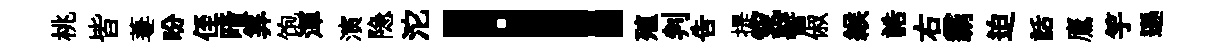
桃皆萋盼侄暗筭饱渾演隐沱！殖判吿提窕髻俶緱誥右霸迫話鷹竽遜